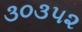
૩૦૩૫૨